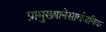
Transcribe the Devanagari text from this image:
प्रामुख्यानेसार्वजनिक